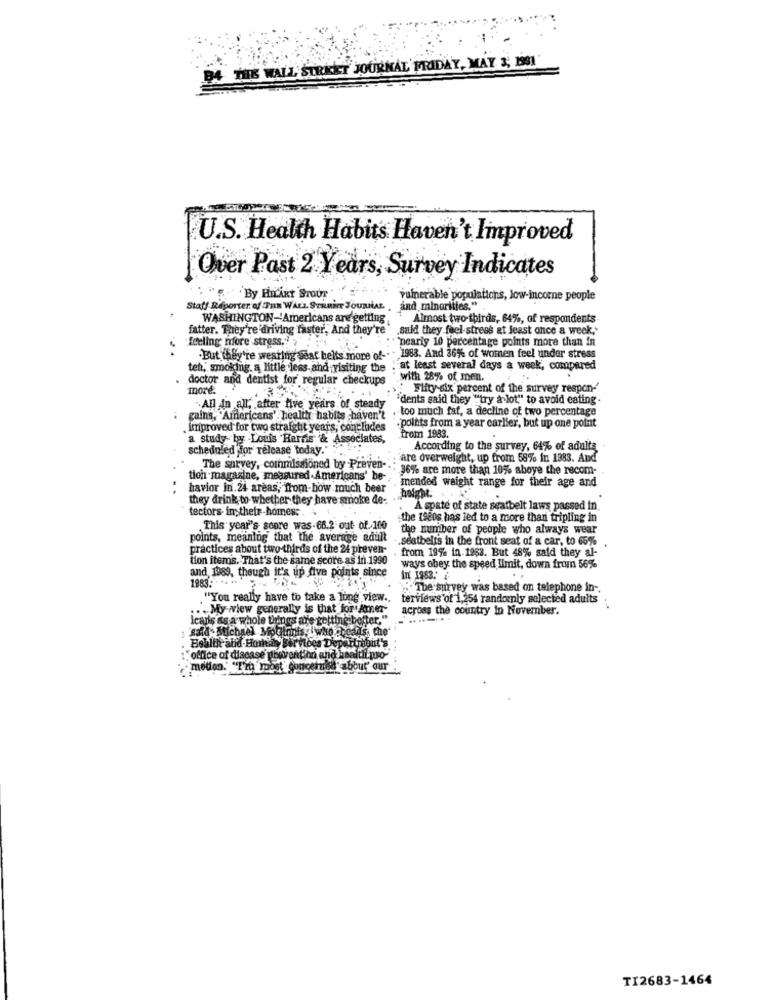
B4 THE WALL STREET JOURNAL FRIDAY, MAY 3; 1901
U.S. Health Habits Haven't Improved
Over Past 2 Years, Survey Indicates
By HILARY STOUT
vulnerable populations, Jow-incorne people
Staff Reporter. of Tan WALL STREET JOURNAL,
and minorities."
WASHINGTON-'Americans are getting
Almost two-thirds, 64%, of respondents-
fatter. They're driving faster, And they're
.said they feel-stress at least once a week."
feeling nfore stress.
'nearig 10 percentage points more than in
-But they're westing seat belts more of-"
- 1983. And 36%% of women feel under stress
teh, smoking a hitle fees and visiting the
at least several days a week, compared
doctor and dentist for' regular checkups
with 28% of men.
more.
Fifty six percent of the survey respon-'
"dents said they "try a lot" to avoid eating.
All In all, after five years of steady
too much faf, a decline of two percentage
gains, "Americans' health hablis haven't
. improved for two straight years, concludes
.points from a year carlier, but up one point
a study by Louis Harris & Ass
ciates
from 1983.
scheduled for release today."
According to the survey, 64% of adults
are overweight, up from 58% in 1883. And
The survey, commissioned by Preven-
36% are more than 10% aboye the recom-
tion magazine, measured Americans' be-
mended weight range for their age and
havior in.24 areas, from-how much beer
height.
they drink to whether they have smoke de:
tectors- ins their-homes :.
À spate of state seatbelt laws passed in.
the tacos has led to a more than tripling in
This year's score was-66.2 out of 100
the number of people who always wear
points, meaning that the average adult
.seatbelts in the front seat of a car, to 65%
practices about two-thirds of the 24 preven-
from 19% in 1983. But 48% said they al-
tion items. That's the same score as in 1990
ways obey the speed limit, down from 56%
and 1989, though it's up five points since
In 1983: 4
1983 .- - > -
" The survey was based on telephone in -.
""You really have to take a long view .. terviews of 1,254 randomly selected adults
.. My wiew generally is that for Amer-
across the country In November.
icaris as a whole things are getting better."
said.Michael Moblinis, who heads, che'
Beblike and .Hmmhay ger iocs Deparma
"office of disease nihovention and hasttil.po'
motion. "Tin most concemid about our
TI2683-1464